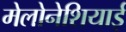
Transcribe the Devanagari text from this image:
मेलोनेशियाई